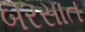
બરસાત